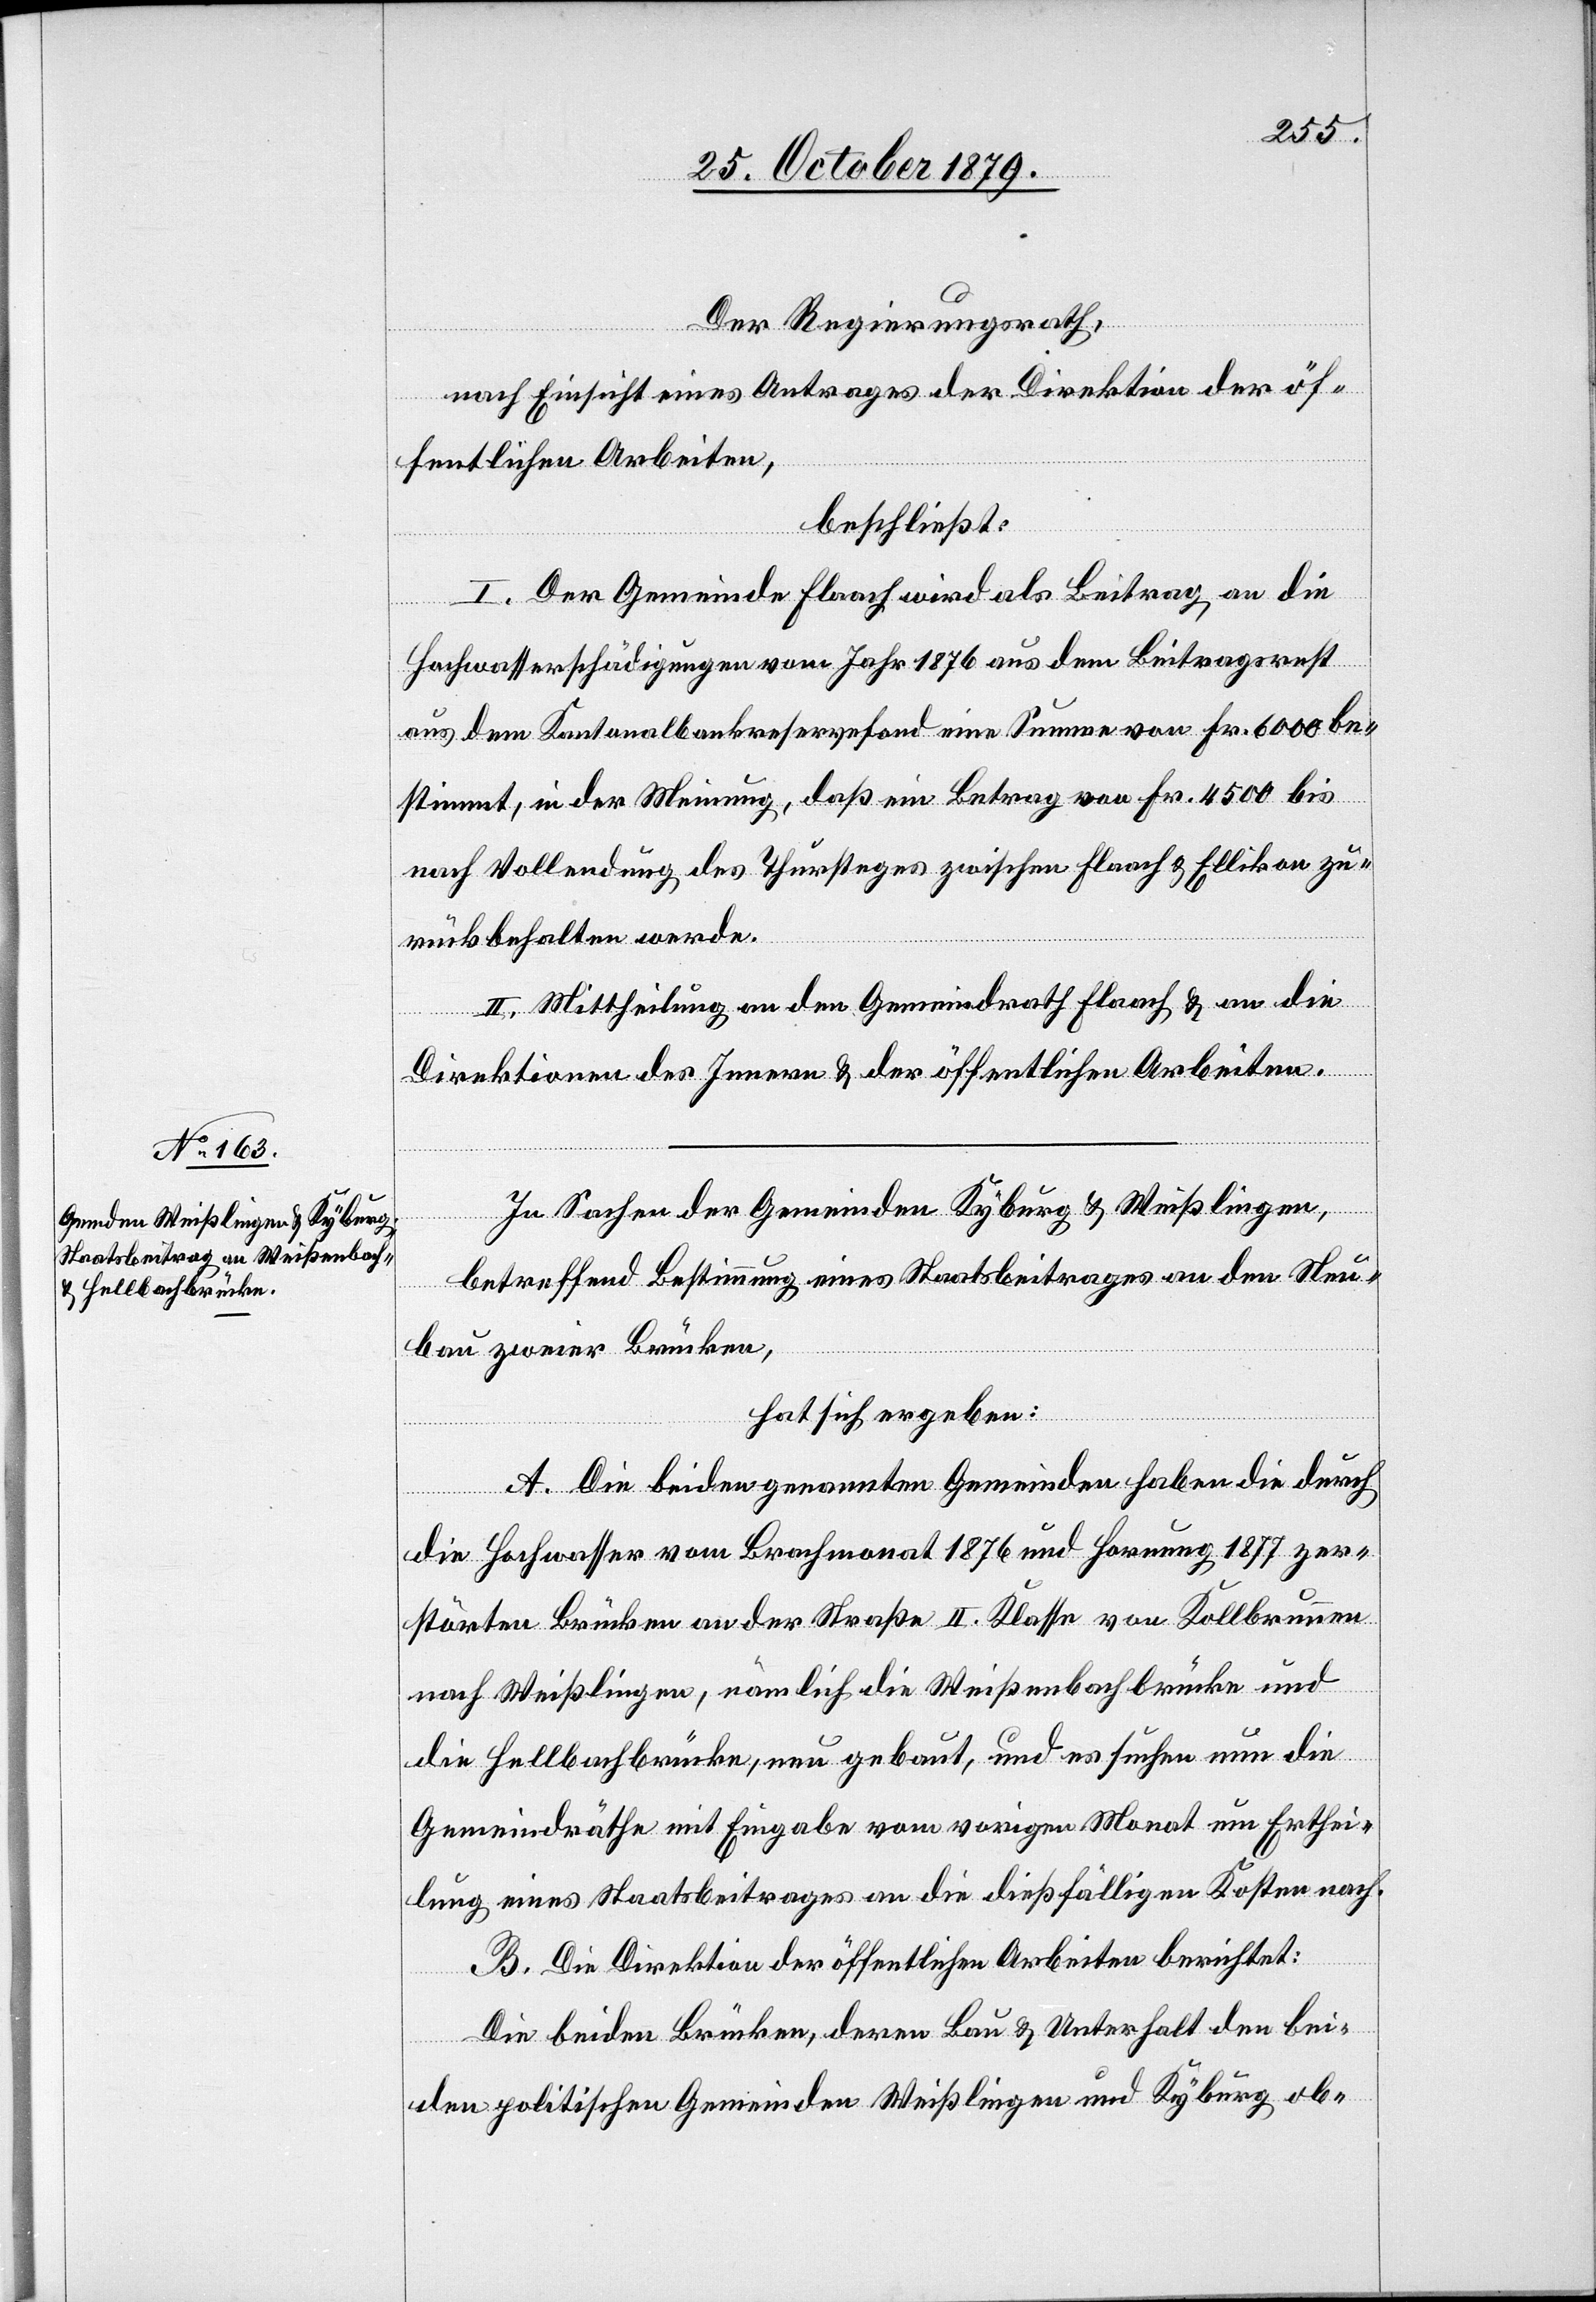
Der Regierungsrath,
nach Einsicht eines Antrages der Direktion der öf¬
fentlichen Arbeiten,
beschließt:
I. Der Gemeinde Flaach wird als Beitrag an die
Hochwasserschädigungen vom Jahr 1878 aus dem Beitragsrest
aus dem Kantonalbankreservefond eine Summe von Fr. 6000 be¬
stimmt, in der Meinung, daß ein Betrag von Fr. 4500 bis
nach Vollendung des Thursteges zwischen Flaach & Ellikon zu¬
rückbehalten werde.
II. Mittheilung an den Gemeindrath Flaach & an die
Direktion des Innern & der öffentlichen Arbeiten.
In Sachen der Gemeinden Kyburg & Weißlingen,
betreffend Bestimmung eines Staatsbeitrages an den Neu¬
bau zweier Brücken,
hat sich ergeben:
A. Die beiden genannten Gemeinden haben die durch
die Hochwasser vom Brachmonat 1876 und Hornung 1877 zer¬
störten Brücken an der Straße II. Klasse von Kollbrunn
nach Weißlingen, nämlich die Weißenbachbrücke und
die Hellbachbrücke, neu gebaut, und es suchen nun die
Gemeindräthe mit Eingabe vom vorigen Monat um Erthei¬
lung eines Staatsbeitrages an die dießfälligen Kosten nach.
B. Die Direktion der öffentlichen Arbeiten berichtet:
Die beiden Brücken, deren Bau & Unterhalt den bei¬
den politischen Gemeinden Weißlingen und Kyburg ob-